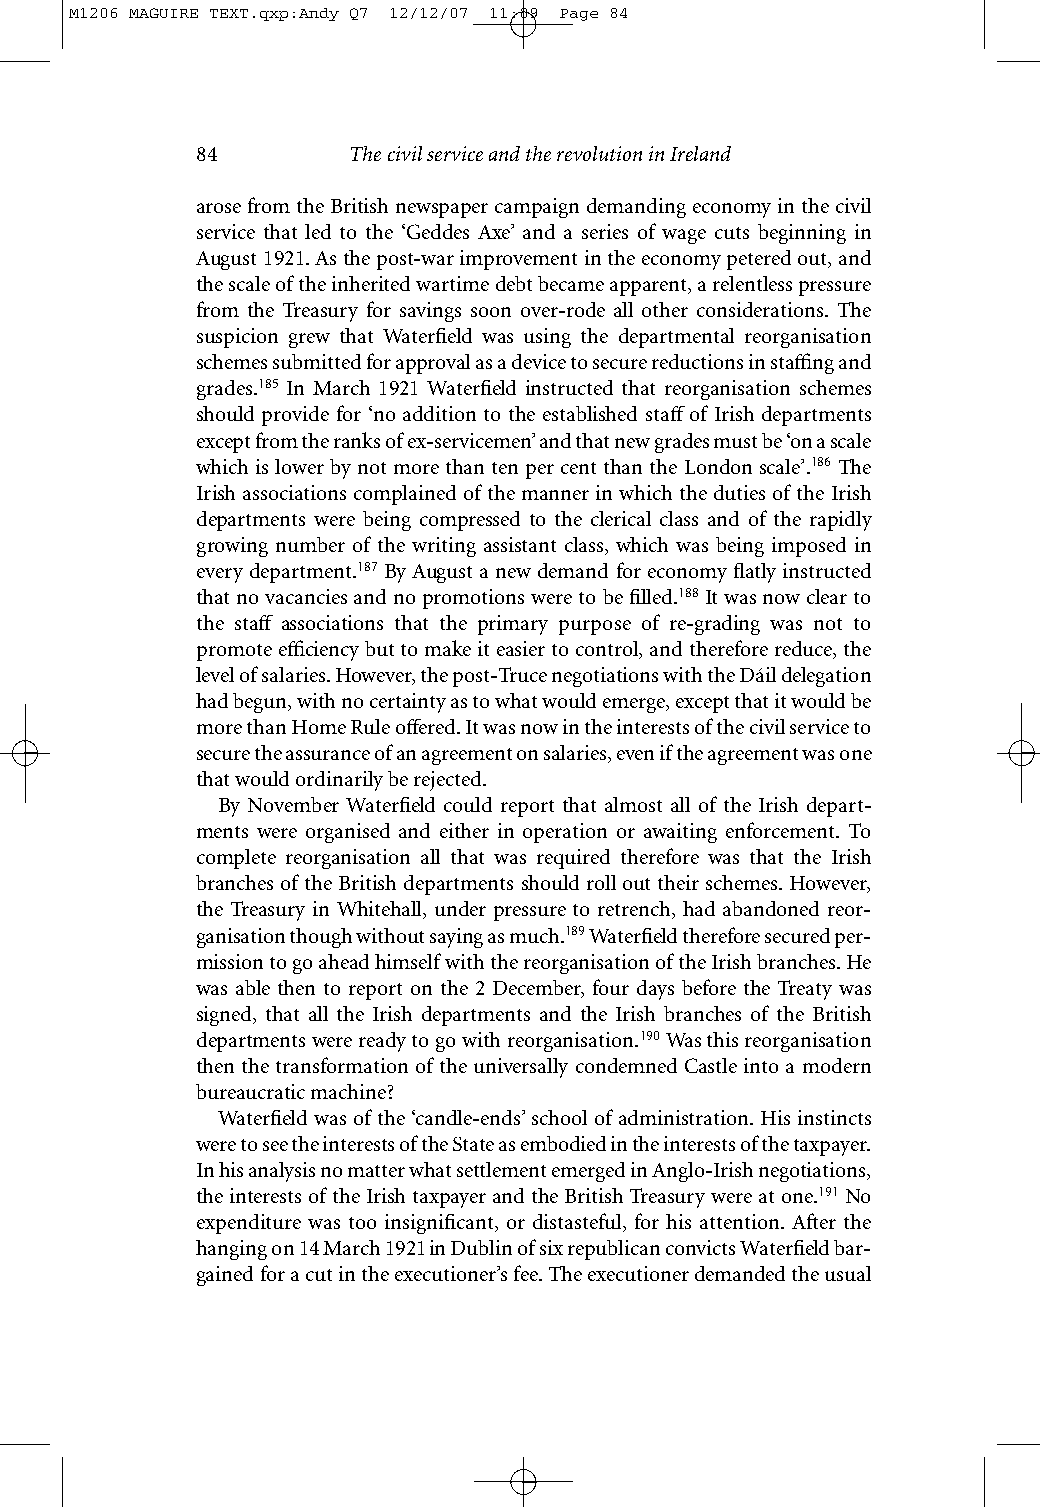
M1206 MAGUIRE TEXT.qxp:Andy Q7 12/12/07 11:09 Page 84
 84        The civil service and the revolution in Ireland
 arose from the British newspaper campaign demanding economy in the civil
 service that led to the ‘Geddes Axe’ and a series of wage cuts beginning in
 August 1921. As the post-war improvement in the economy petered out, and
 the scale of the inherited wartime debt became apparent, a relentless pressure
 from the Treasury for savings soon over-rode all other considerations. The
 suspicion grew that Waterfield was using the departmental reorganisation
 schemes submitted for approval as a device to secure reductions in staffing and
 grades.185 In March 1921 Waterfield instructed that reorganisation schemes
 should provide for ‘no addition to the established staff of Irish departments
 except from the ranks of ex-servicemen’ and that new grades must be ‘on a scale
 which is lower by not more than ten per cent than the London scale’.186 The
 Irish associations complained of the manner in which the duties of the Irish
 departments were being compressed to the clerical class and of the rapidly
 growing number of the writing assistant class, which was being imposed in
 every department.187By August a new demand for economy flatly instructed
 that no vacancies and no promotions were to be filled.188It was now clear to
 the staff associations that the primary purpose of re-grading was not to
 promote efficiency but to make it easier to control, and therefore reduce, the
 level of salaries. However, the post-Truce negotiations with the Dáil delegation
 had begun, with no certainty as to what would emerge, except that it would be
 more than Home Rule offered. It was now in the interests of the civil service to
 secure the assurance of an agreement on salaries, even if the agreement was one
 that would ordinarily be rejected.
 By November Waterfield could report that almost all of the Irish depart-
 ments were organised and either in operation or awaiting enforcement. To
 complete reorganisation all that was required therefore was that the Irish
 branches of the British departments should roll out their schemes. However,
 the Treasury in Whitehall, under pressure to retrench, had abandoned reor-
 ganisation though without saying as much.189Waterfield therefore secured per-
 mission to go ahead himself with the reorganisation of the Irish branches. He
 was able then to report on the 2 December, four days before the Treaty was
 signed, that all the Irish departments and the Irish branches of the British
 departments were ready to go with reorganisation.190Was this reorganisation
 then the transformation of the universally condemned Castle into a modern
 bureaucratic machine?
 Waterfield was of the ‘candle-ends’ school of administration. His instincts
 were to see the interests of the State as embodied in the interests of the taxpayer.
 In his analysis no matter what settlement emerged in Anglo-Irish negotiations,
 the interests of the Irish taxpayer and the British Treasury were at one.191No
 expenditure was too insignificant, or distasteful, for his attention. After the
 hanging on 14 March 1921in Dublin of six republican convicts Waterfield bar-
 gained for a cut in the executioner’s fee. The executioner demanded the usual